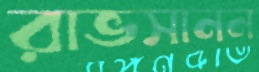
রাভসানন